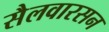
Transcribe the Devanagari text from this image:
सैलवारसन